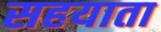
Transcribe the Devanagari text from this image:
सहयाता